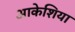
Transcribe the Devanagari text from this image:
आकेशिया